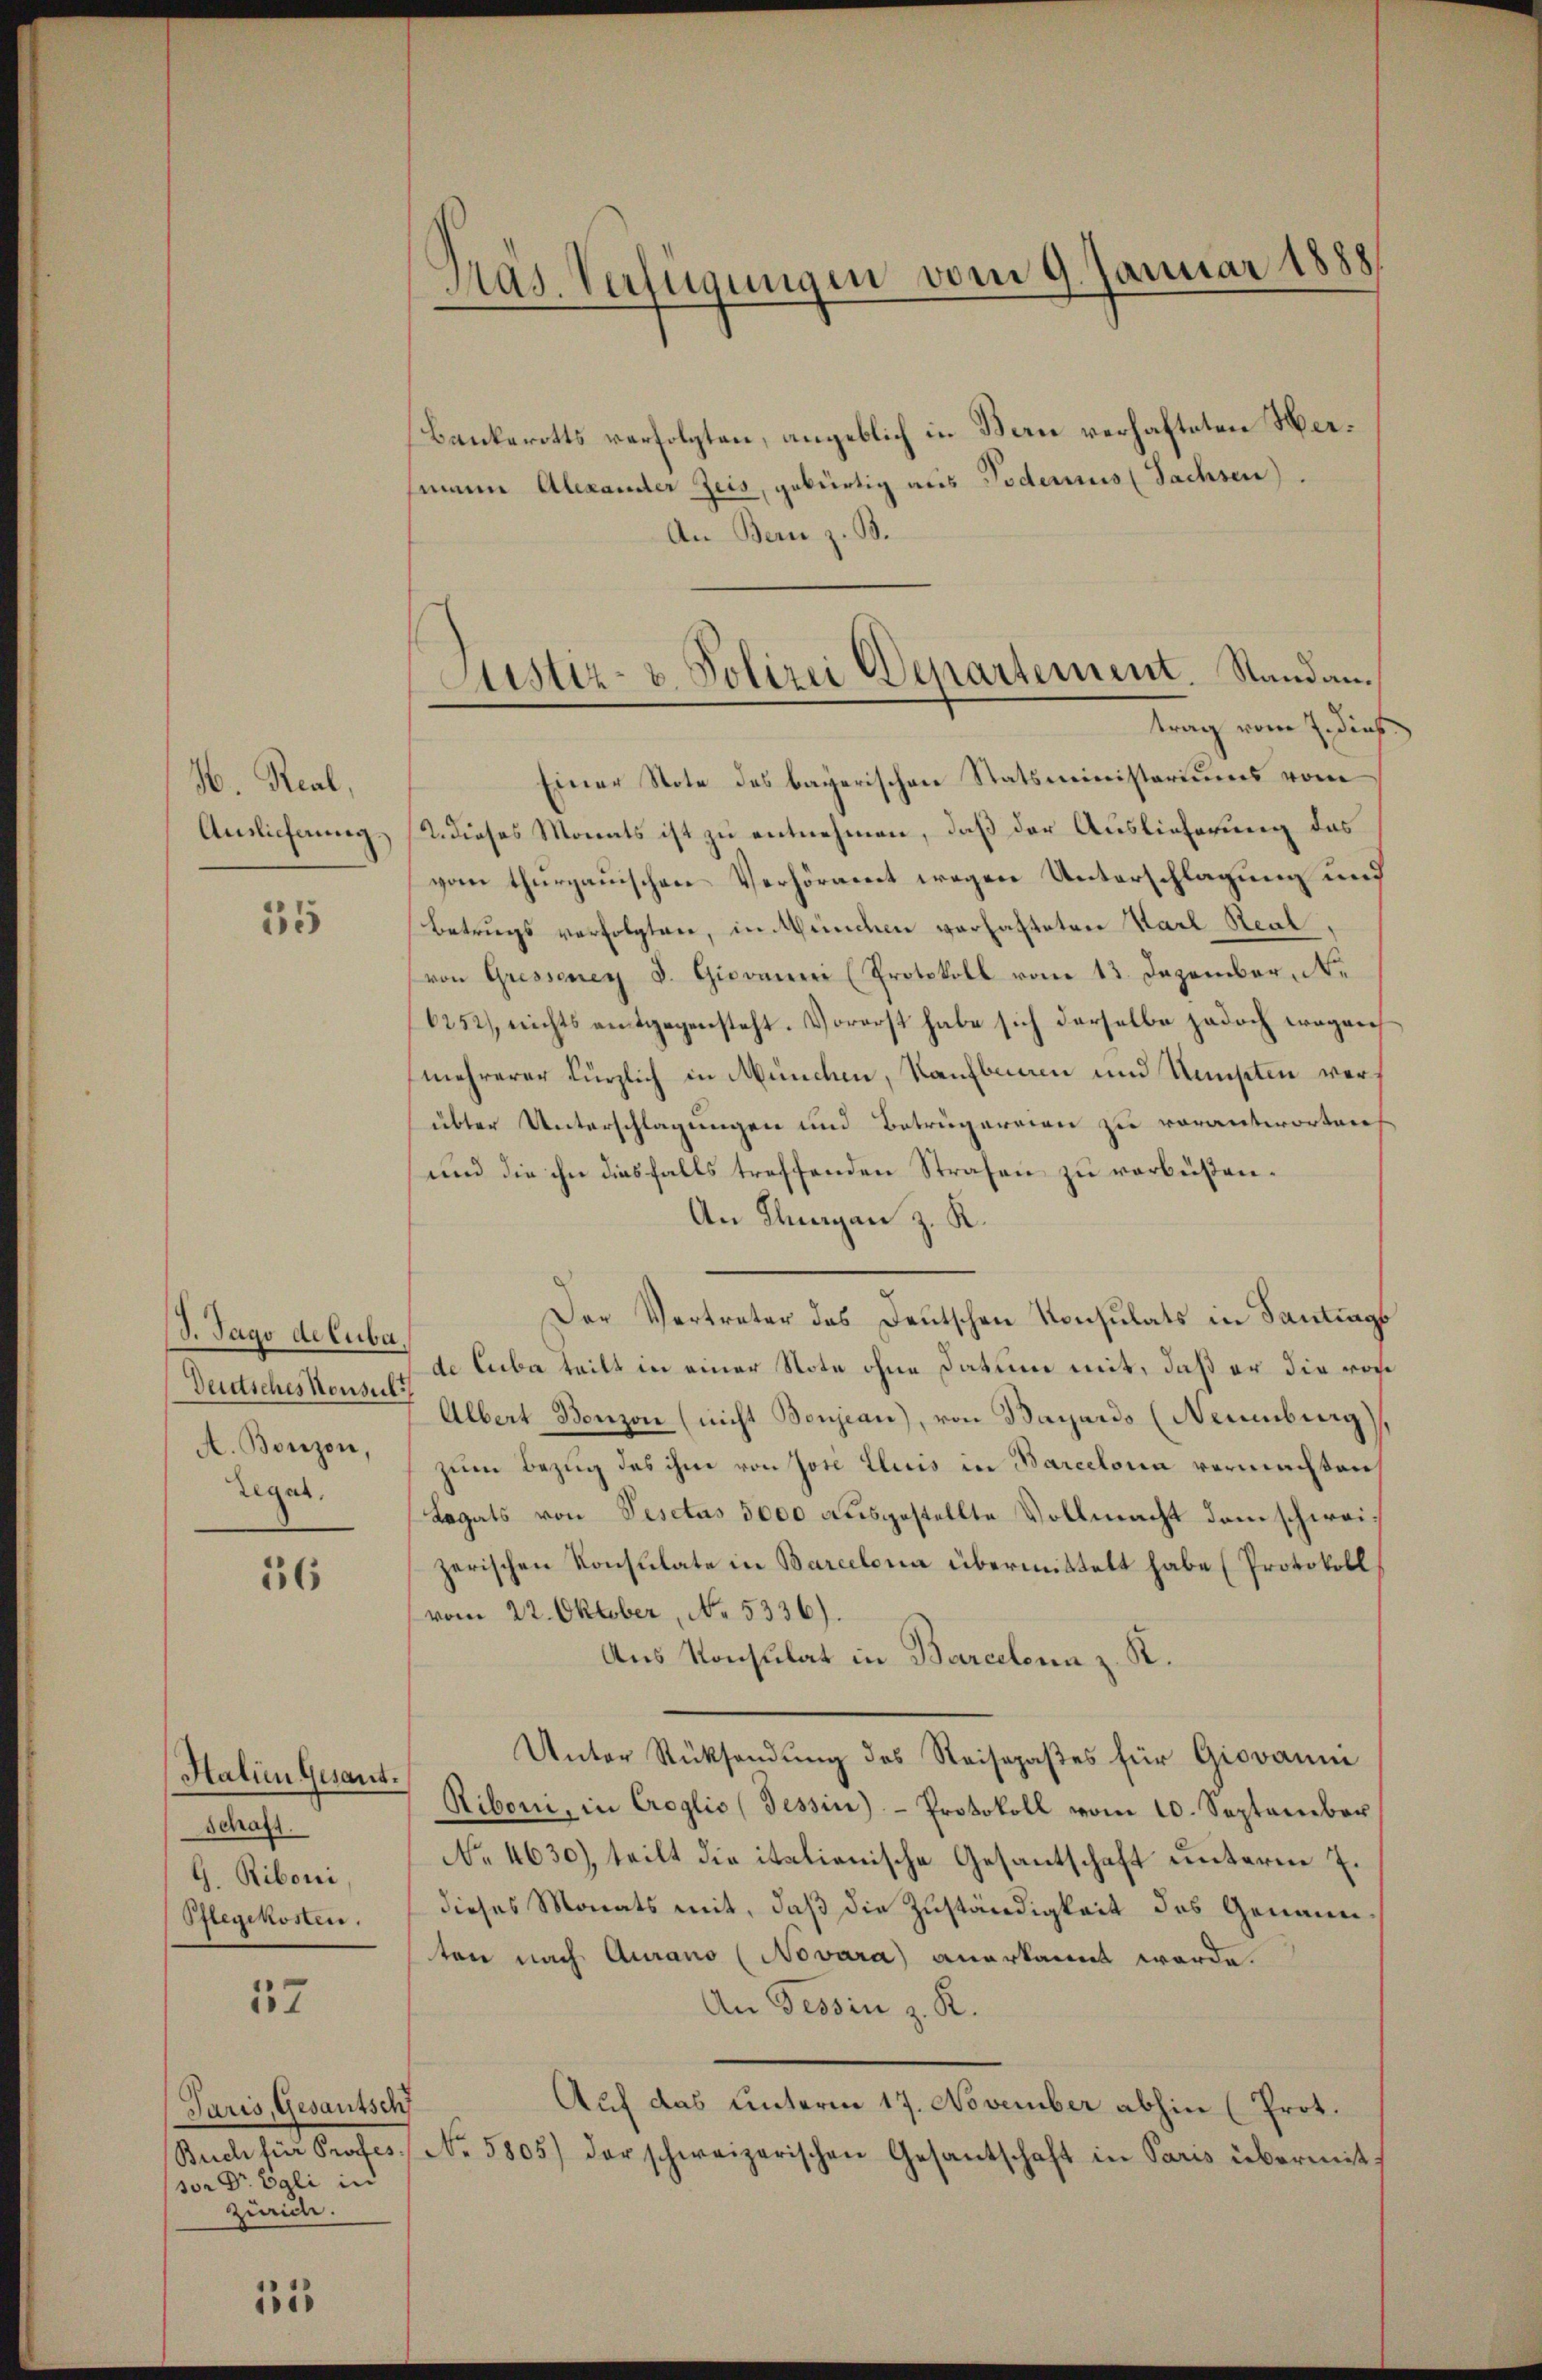
H. Real,
Auslieferung.

35

(S. Tags de Cuba
Deutsches Konsul
A. Bonzon,
Legat

36

Halin Gesant.
Schaft.
G. Riboni,
Pflegekosten.

57

Paris, Gesautsch
Brich für Profes
sor Dr Egli in
Zürich.

1315

Mas. Verfügungen vom 9. Januar 1888

Bankerotts verfolgten, angeblich in Bern verhafteten Hersenen Alexander Zeis, gebürtig aus Todessus (Sachsen).
An Bern z. B.
trag vom 7. dies
Einer Note des bayerischen Statsministeriums vom
2. dieses Monats ist zu entnehmen, daß der Auslieferung das
vom thurgauischen Verhöramt wegen Unterschlagung und
Betrugs verfolgten, in München verhafteten Karl Real,
von Gressenen d. Giovanni (Protokoll vom 13. Dezember, Ne
6252), nichts entgegensteht. Vorerst habe sich derselbe jedoch wegen
mehrerer kürzlich in München, Kaufbauen und Unupten verübter Unterschlagungen und Betrügereien zu verantworten
und die ihn diesfalls treffenden Strafen zu verbeisten¬
An Thurgan z. K.
Der Vertreter des Deutschen Konsulats in Santrags
de Cuba teilt in einer Note ohne Datum mit, daß er die von
Albert Bonzon (nicht Bonjean), von Bayerds (Neuenburg
zum Bezug des ihm von Jose Eluis in Barcelona vermachten,
Legats von Sesctus 5000 ausgestellte Vollmacht dem schweizerischen Konsulate in Barcelona übermittelt habe (Protokoll
vom 22. Oktober, No. 5336)
Aus Konsulat in Barcelona z. R.
Unter Rücksendung des Reisepaßes für Giovaum
Sibori, in Croglio (Tessin)- Protokoll vom 10. September
No 4630), teilt die italionische Gesantschaft unterm 7.
dieses Monats mit, daß die Zuständigkeit des Genannton nach Aurano (Novara) anerkannt werde.
An Tessin z. R.
Auf das unterm 17. November abhin (Prot.
No. 5805) der schweizerischen Gesantschaft in Paris übermit:

Justiz- u. Polizei Departement. Standan¬
.